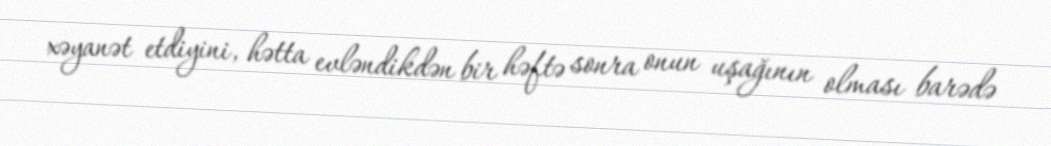
xəyanət etdiyini, hətta evləndikdən bir həftə sonra onun uşağının olması barədə